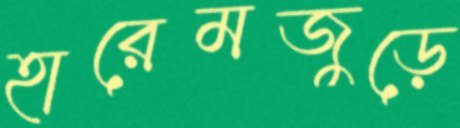
হারেমজুড়ে